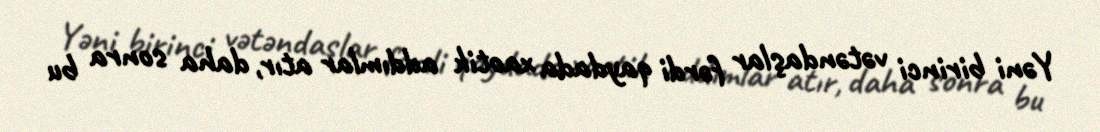
Yəni birinci vətəndaşlar fərdi qaydada xaotik addımlar atır, daha sonra bu